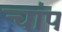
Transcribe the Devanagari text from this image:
चांप